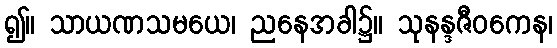
၍။ သာယဏသမယေ၊ ညနေအခါ၌။ သုနန္ဒဇီဝကေန၊